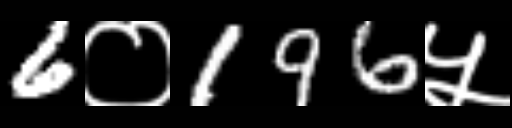
Text: 6०196५